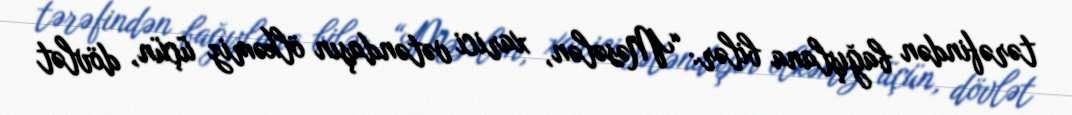
tərəfindən bağışlana bilər: “Məsələn, xarici vətəndaşın ölkəmiz üçün, dövlət